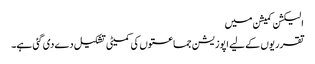
الیکشن کمیشن میں
تقرریوں کے لیے اپوزیشن جماعتوں کی کمیٹی تشکیل دے دی گئی ہے۔